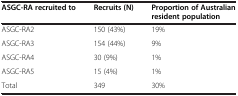
| ASGC-RA recruited to | Recruits (N) | Proportion of Australian resident population |
 | --- | --- | --- |
 | ASGC-RA2 | 150 (43%) | 19% |
 | ASGC-RA3 | 154 (44%) | 9% |
 | ASGC-RA4 | 30 (9%) | 1% |
 | ASGC-RA5 | 15 (4%) | 1% |
 | Total | 349 | 30% |